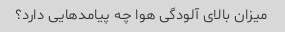
میزان بالای آلودگی هوا چه پیامدهایی دارد؟